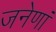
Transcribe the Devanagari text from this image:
जनेणां